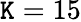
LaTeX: \mathtt{K}=15